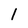
Character: 1